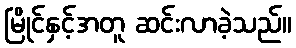
မြိုင်နှင့်အတူ ဆင်းလာခဲ့သည်။